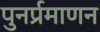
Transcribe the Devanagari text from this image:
पुनर्प्रमाणन